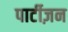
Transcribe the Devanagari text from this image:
पार्टीज़न